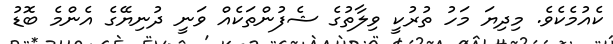
ކެއުމެކެވެ. މިދިޔަ މަހު ތުރުކީ ވިލާތުގެ ޝެފުންތަކެއް ވަނީ ދުނިޔޭގެ އެންމެ ބޮޑު